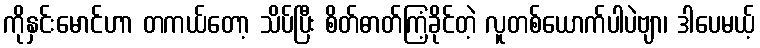
ကိုနှင်းမောင်ဟာ တကယ်တော့ သိပ်ပြီး စိတ်ဓာတ်ကြံ့ခိုင်တဲ့ လူတစ်ယောက်ပါပဲဗျာ၊ ဒါပေမယ့်